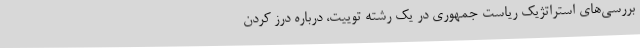
بررسی‌های استراتژیک ریاست جمهوری در یک رشته توییت، درباره درز کردن